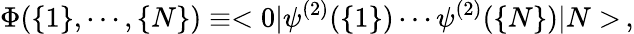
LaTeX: \Phi(\{ 1\} ,\cdots,\{ N\} )\equiv<0|\psi^{(2)}(\{ 1\} )\cdots\psi^{(2)}(\{ N\} )|N>\, ,